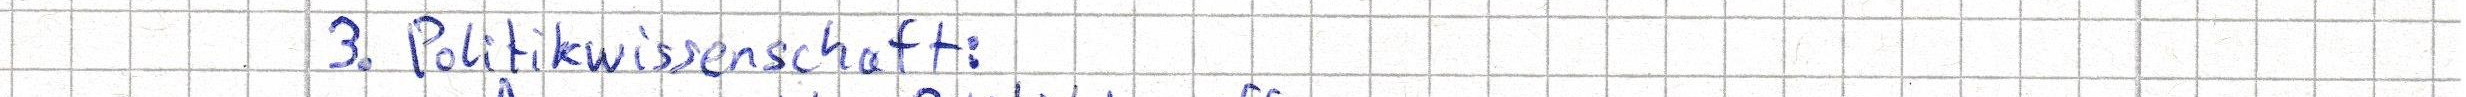
3. Politikwissenschaft: